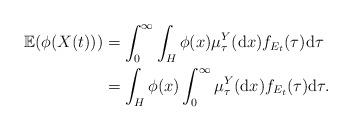
LaTeX: \begin{align*}\begin{aligned}\mathbb{E}(\phi(X(t))) & = \int_{0}^{\infty}\int_{H}\phi(x)\mu_{\tau}^{Y}(\mathrm{d}x)f_{E_{t}}(\tau)\mathrm{d}\tau\\& = \int_{H}\phi(x)\int_{0}^{\infty}\mu_{\tau}^{Y}(\mathrm{d}x)f_{E_{t}}(\tau)\mathrm{d}\tau.\end{aligned}\end{align*}